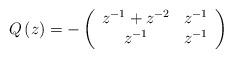
LaTeX: \begin{align*}Q\left( z \right)=-\left( {\begin{array}{*{20}c}z^{-1}+z^{-2} & z^{-1}\\z^{-1} & z^{-1}\\\end{array} } \right)\end{align*}